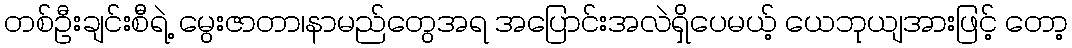
တစ်ဦးချင်းစီရဲ့ မွေးဇာတာ၊နာမည်တွေအရ အပြောင်းအလဲရှိပေမယ့် ယေဘုယျအားဖြင့် တော့